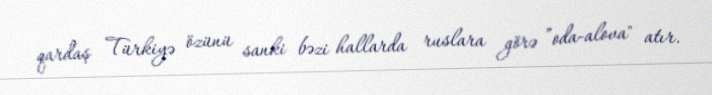
qardaş Türkiyə özünü sanki bəzi hallarda ruslara görə ”oda-alova" atır.